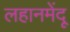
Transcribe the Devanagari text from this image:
लहानमेंदू